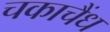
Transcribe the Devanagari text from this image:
चकाचैंध